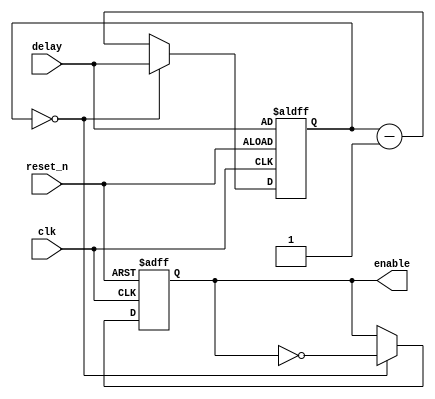
module RateDivider(clk, reset_n, enable, delay);
	input clk;
	input reset_n;
	input [26:0] delay;

	
	output reg enable;
		
	reg [26:0] q = 0;
	
	always @(posedge clk, negedge reset_n)
	begin
		if(~reset_n)
		begin
			q <= delay;
			enable <= 0;
		end
		
		else
		begin
			if (q == 0)
			begin
				q <= delay; // 1 Hz
				enable <= ~enable;
			end
		
			else
			begin
				q <= q - 1;
			end
		end
	end
endmodule